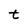
Character: t